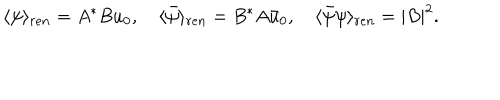
\langle \psi \rangle _ { r e n } = A ^ { * } B u _ { 0 } , \quad \langle \bar { \psi } \rangle _ { r e n } = B ^ { * } A \bar { u } _ { 0 } , \quad \langle \bar { \psi } \psi \rangle _ { r e n } = | B | ^ { 2 } .